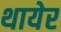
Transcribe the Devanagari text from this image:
थायेर